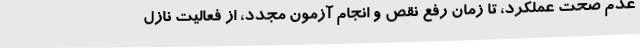
عدم صحت عملکرد، تا زمان رفع نقص و انجام آزمون مجدد، از فعالیت نازل